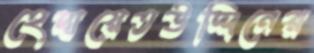
হেদায়েতউদ্দিনের